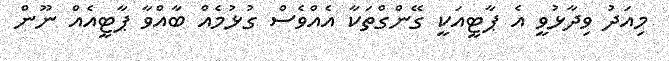
މިއަދު ވިދާޅުވީ އެ ޕާޓީއަކީ ގޭންގްތަކާ އެއްވެސް ގުޅުމެއް ބާއްވާ ޕާޓީއެއް ނޫން